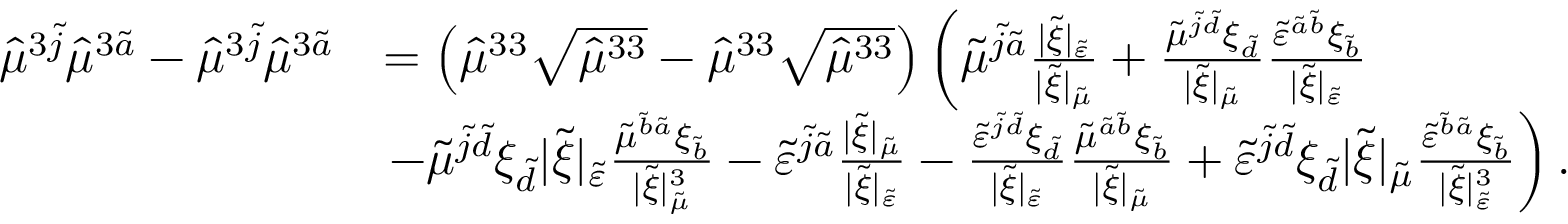
\begin{array} { r l } { \hat { \mu } ^ { 3 \tilde { j } } \hat { \mu } ^ { 3 \tilde { a } } - \hat { \mu } ^ { 3 \tilde { j } } \hat { \mu } ^ { 3 \tilde { a } } } & { = \left( \hat { \mu } ^ { 3 3 } \sqrt { \hat { \mu } ^ { 3 3 } } - \hat { \mu } ^ { 3 3 } \sqrt { \hat { \mu } ^ { 3 3 } } \right) \left( \tilde { \mu } ^ { \tilde { j } \tilde { a } } \frac { \lvert \tilde { \xi } \rvert _ { \tilde { \varepsilon } } } { \lvert \tilde { \xi } \rvert _ { \tilde { \mu } } } + \frac { \tilde { \mu } ^ { \tilde { j } \tilde { d } } \xi _ { \tilde { d } } } { \lvert \tilde { \xi } \rvert _ { \tilde { \mu } } } \frac { \tilde { \varepsilon } ^ { \tilde { a } \tilde { b } } \xi _ { \tilde { b } } } { \lvert \tilde { \xi } \rvert _ { \tilde { \varepsilon } } } \right. } \\ & { \left. - \tilde { \mu } ^ { \tilde { j } \tilde { d } } \xi _ { \tilde { d } } \lvert \tilde { \xi } \rvert _ { \tilde { \varepsilon } } \frac { \tilde { \mu } ^ { \tilde { b } \tilde { a } } \xi _ { \tilde { b } } } { \lvert \tilde { \xi } \rvert _ { \tilde { \mu } } ^ { 3 } } - \tilde { \varepsilon } ^ { \tilde { j } \tilde { a } } \frac { \lvert \tilde { \xi } \rvert _ { \tilde { \mu } } } { \lvert \tilde { \xi } \rvert _ { \tilde { \varepsilon } } } - \frac { \tilde { \varepsilon } ^ { \tilde { j } \tilde { d } } \xi _ { \tilde { d } } } { \lvert \tilde { \xi } \rvert _ { \tilde { \varepsilon } } } \frac { \tilde { \mu } ^ { \tilde { a } \tilde { b } } \xi _ { \tilde { b } } } { \lvert \tilde { \xi } \rvert _ { \tilde { \mu } } } + \tilde { \varepsilon } ^ { \tilde { j } \tilde { d } } \xi _ { \tilde { d } } \lvert \tilde { \xi } \rvert _ { \tilde { \mu } } \frac { \tilde { \varepsilon } ^ { \tilde { b } \tilde { a } } \xi _ { \tilde { b } } } { \lvert \tilde { \xi } \rvert _ { \tilde { \varepsilon } } ^ { 3 } } \right) . } \end{array}